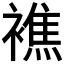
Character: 𧝈